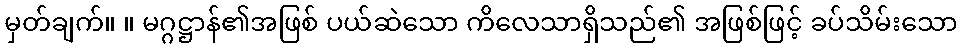
မှတ်ချက်။ ။ မဂ္ဂဋ္ဌာန်၏အဖြစ် ပယ်ဆဲသော ကိလေသာရှိသည်၏ အဖြစ်ဖြင့် ခပ်သိမ်းသော